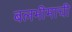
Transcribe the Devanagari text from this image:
बलभीमाची